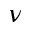
\nu